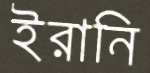
ইরানি